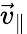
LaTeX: {\vec{v}}_{\| }